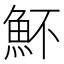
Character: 𩵣